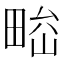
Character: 𤲁